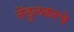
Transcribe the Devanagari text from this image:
तेंडुलकरचे